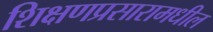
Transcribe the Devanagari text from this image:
शिक्षणप्रसारामधील